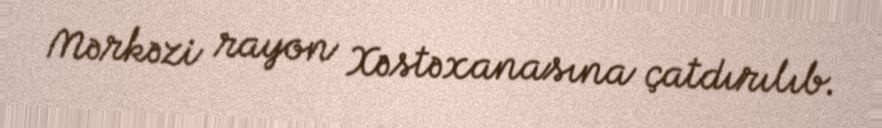
Mərkəzi rayon Xəstəxanasına çatdırılıb.